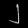
Digit: ၂